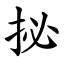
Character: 㧙